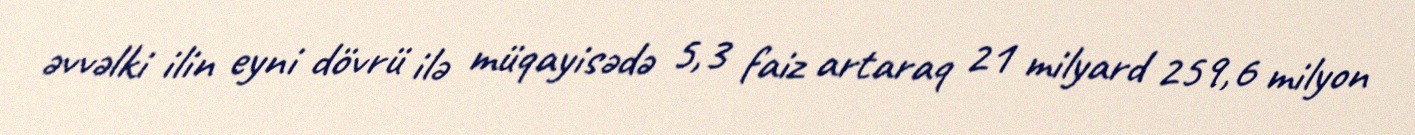
əvvəlki ilin eyni dövrü ilə müqayisədə 5,3 faiz artaraq 21 milyard 259,6 milyon